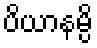
ပိယာနမ္ပိ